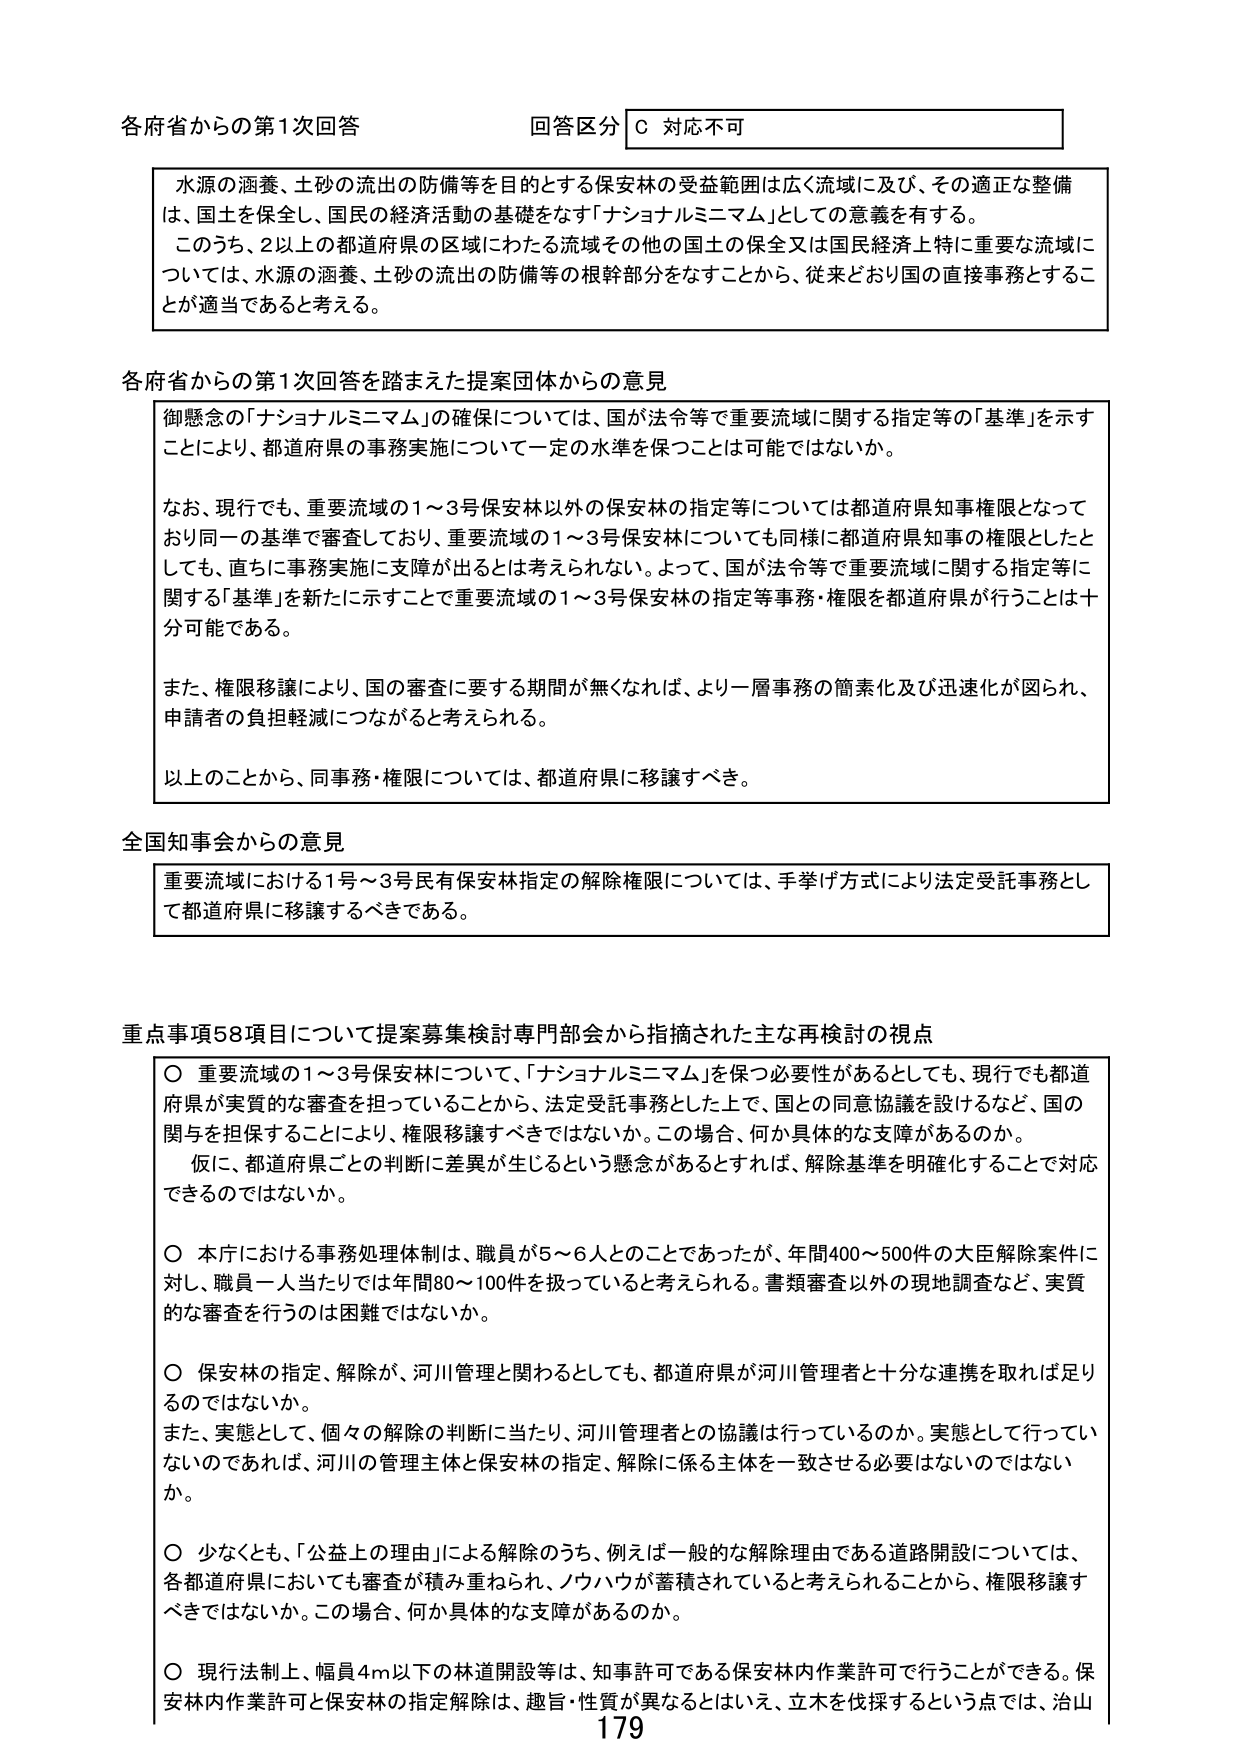
各府省からの第1次回答 回答区分 C 対応不可

水源の涵養、土砂の流出の防備等を目的とする保安林の受益範囲は広く流域に及び、その適正な整備は、国土を保全し、国民の経済活動の基礎をなす「ナショナルミニマム」としての意義を有する。
このうち、2以上の都道府県の区域にわたる流域その他 の国土の保全又は国民経済上特に重要な流域については、水源の涵養、土砂の流出の防備等の根幹部分をなすことから、従来どおり国の直接事務とすることが適当であると考える。

各府省からの第1次回答を踏まえた提案団体からの意見

御懸念の「ナショナルミニマム」の確保については、国が法令等で重要流域に関する指定等の「基準」を示すことにより、都道府県の事務実施について一定の水準を保つことは可能ではないか。

なお、現行でも、重要流域の1～3号保安林以外の保安林の指定等については都道府県知事権限となっており同一の基準で審査しており、重要流域の1～3号保安林についても同様に都道府県知事の権限としたとしても、直ちに事務実施に支障が出るとは考えられない。よって、国が法令等で重要流域に関する指定等に関する「基準」を新たに示すことで重要流域の1～3号保安林の指定等事務・権限を都道府県が行うことは十分可能である。

また、権限移譲により、国の審査に要する期間が無くなれば、より一層事務の簡素化及び迅速化が図られ、申請者の負担軽減につながると考えられる。

以上のことから、同事務・権限については、都道府県に移譲すべき。

全国知事会からの意見

重要流域における1号～3号民有保安林指定の解除権限については、手挙げ方式により法定受託事務として都道府県に移譲するべきである。

重点事項58項目について提案募集検討専門部会から指摘された主な再検討の視点

○ 重要流域の1～3号保安林について、「ナショナルミニマム」を保つ必要性があるとしても、現行でも都道府県が実質的な審査を担っていることから、法定受託事務とした上で、国との同意協議を設けるなど、国の関与を担保することにより、権限移譲すべきではないか。この場合、何か具体的な支障があるのか。
仮に、都道府県ごとの判断に差異が生じるという懸念があるとすれば、解除基準を明確化することで対応できるのではないか。

○ 本庁における事務処理体制は、職員が5～6人とのことであったが、年間400～500件の大臣解除案件に対し、職員一人当たりでは年間80～100件を扱っていると考えられる。書類審査以外の現地調査など、実質的な審査を行うのは困難ではないか。

○ 保安林の指定、解除が、河川管理と関わるとしても、都道府県が河川管理者と十分な連携を取れば足りるのではないか。
また、実態として、個々の解除の判断に当たり、河川管理者との協議は行っているのか。実態として行っていないのであれば、河川の管理主体と保安林の指定、解除に係る主体を一致させる必要はないのではないか。

○ 少なくとも、「公益上の理由」による解除のうち、例えば一般的な解除理由である道路開設については、各都道府県においても審査が積み重ねられ、ノウハウが蓄積されていると考えられることから、権限移譲すべきではないか。この場合、何か具体的な支障があるのか。

○ 現行法制上、幅員4m以下の林道開設等は、知事許可である保安林内作業許可で行うことができる。保安林内作業許可と保安林の指定解除は、趣旨・性質が異なるとはいえ、立木を伐採するという点では、治山

179